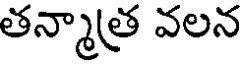
తన్మాత్ర వలన